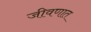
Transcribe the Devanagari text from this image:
जीवणात